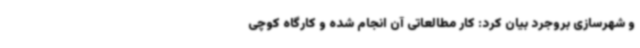
و شهرسازی بروجرد بیان کرد: کار مطالعاتی آن انجام شده و کارگاه کوچی